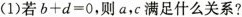
(1)若$$b+d=0$$，则a，c满足什么关系?